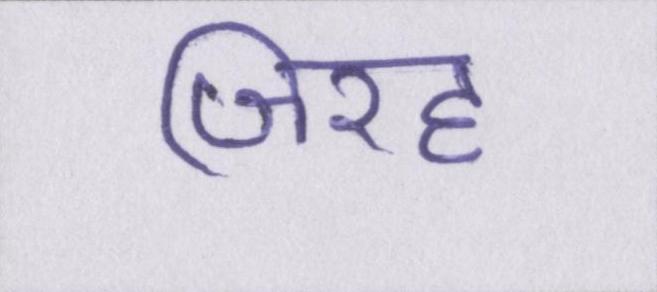
जिरह